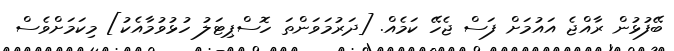
ބޭފުޅުން ރާއްޖެ އައުމަށް ފަސް ޖެހޭ ކަމެއް. [ދަރުމަވަންތަ ހޮސްޕިޓަލު ހުޅުވުމާއެކު] މިކަމަށްވެސް